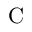
\mathrm { C }